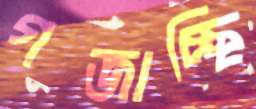
গজাচ্ছি